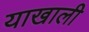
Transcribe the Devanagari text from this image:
याखाली